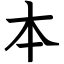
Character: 本